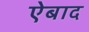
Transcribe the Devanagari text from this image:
ऐबाद